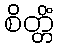
စိတ္တိံ